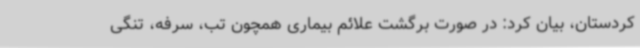
کردستان، بیان کرد: در صورت برگشت علائم بیماری همچون تب، سرفه، تنگی